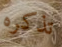
تذكره